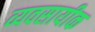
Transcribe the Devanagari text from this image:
व्यवसायीक